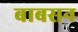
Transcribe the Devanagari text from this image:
बाबसन